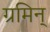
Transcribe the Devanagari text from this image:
ग्रमिन्